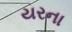
યરના